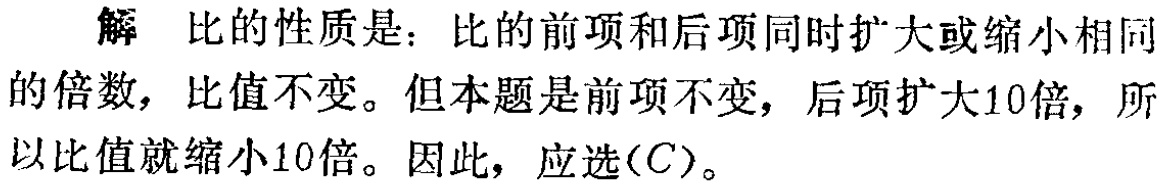
解 比的性质是：比的前项和后项同时扩大或缩小相同的倍数，比值不变。但本题是前项不变，后项扩大10倍，所以比值就缩小10倍。因此，应选(C)。